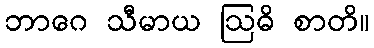
ဘာဂေ သီမာယ ဩဓိ စာတိ။